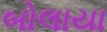
બોલાયા